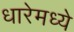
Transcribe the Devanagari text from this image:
धारेमध्ये